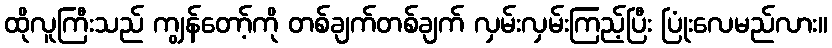
ထိုလူကြီးသည် ကျွန်တော့်ကို တစ်ချက်တစ်ချက် လှမ်းလှမ်းကြည့်ပြီး ပြုံးလေမည်လား။